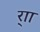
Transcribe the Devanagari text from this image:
र्‍ाा